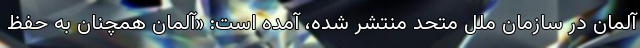
آلمان در سازمان ملل متحد منتشر شده، آمده است: «آلمان همچنان به حفظ